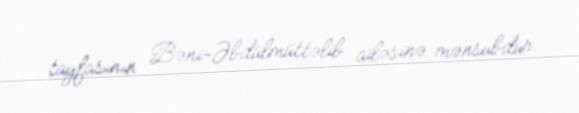
tayfasının Bəni-Əbdülmüttəlib ailəsinə mənsubdur.